Report on malaria in the Punjab during the year ...  together with an account of the work of the Punjab Malaria Bureau - Volume 1
Disease focus: Malaria
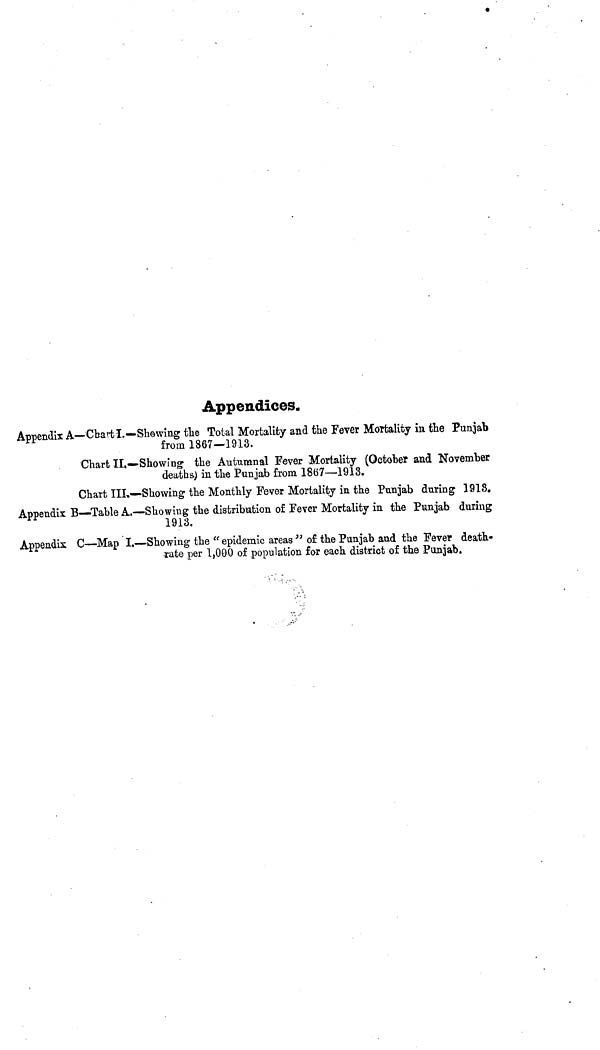
Appendices.
Appendix A—Chart I.—Showing the Total Mortality and the Fever Mortality in the Punjab
from 1867—1913.
Chart II.—Showing the Autumnal Fever Mortality (October and November
deaths) in the Punjab from 1867—1913.
Chart III.—Showing the Monthly Fever Mortality in the Punjab during 1913.
Appendix B—Table A.—Showing the distribution of Fever Mortality in the Punjab during
1913.
Appendix C—Map I.—Showing the " epidemic areas " of the Punjab and the Fever death-
rate per 1,000 of population for each district of the Punjab.